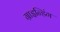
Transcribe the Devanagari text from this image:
ग्राइन्डिंग